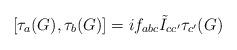
LaTeX: \begin{align*} \left[{ {\tau}_a (G)}, { {\tau}_b (G)}\right]= i {f}_{abc} \tilde{I}_{cc'} { \tau _{c'} (G)}\end{align*}